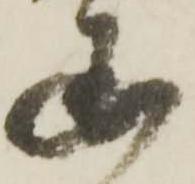
国